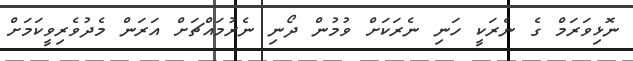
ނޮޅިވަރަމް ގެ ނެރަކީ ހަނި ނެރަކަށް ވުމުން ދޯނި ނެރުމައްޗަށް އަރަން މެދުވެރިވީކަމަށް